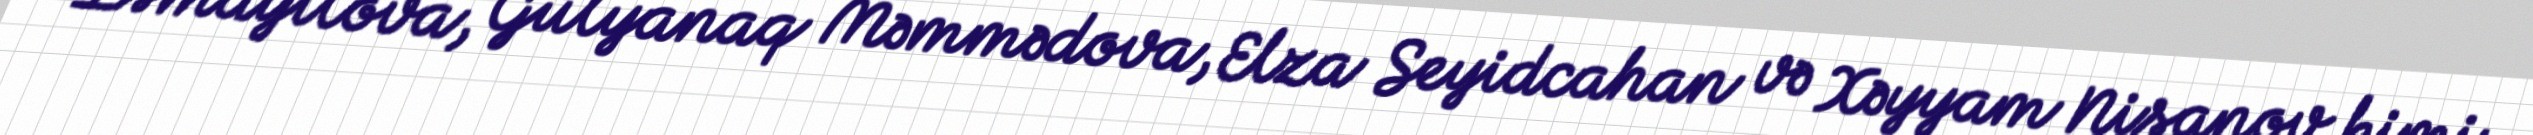
İsmayılova, Gülyanaq Məmmədova, Elza Seyidcahan və Xəyyam Nisanov kimi